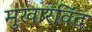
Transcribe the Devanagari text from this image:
मुखारविंद